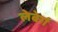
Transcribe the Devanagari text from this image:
लेबेर्ग